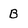
Character: B